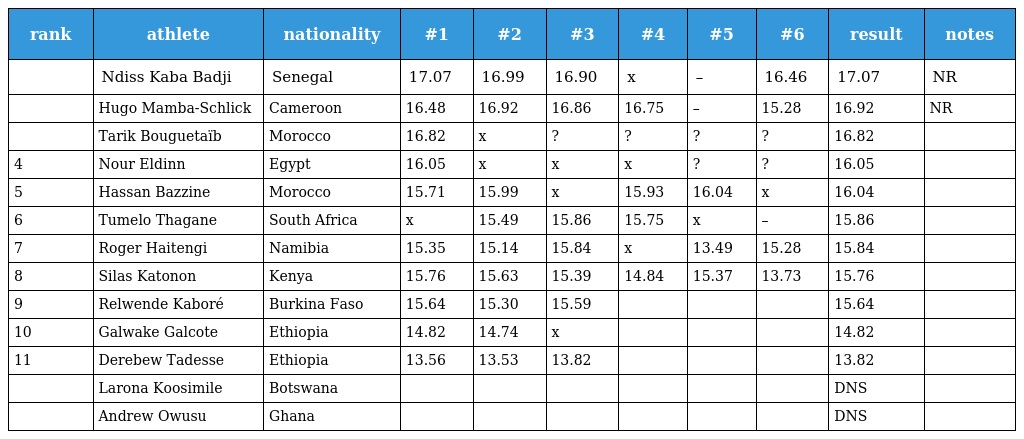
| rank | athlete | nationality | #1 | #2 | #3 | #4 | #5 | #6 | result | notes |
 | --- | --- | --- | --- | --- | --- | --- | --- | --- | --- | --- |
 |  | Ndiss Kaba Badji | Senegal | 17.07 | 16.99 | 16.90 | x | – | 16.46 | 17.07 | NR |
 |  | Hugo Mamba-Schlick | Cameroon | 16.48 | 16.92 | 16.86 | 16.75 | – | 15.28 | 16.92 | NR |
 |  | Tarik Bouguetaïb | Morocco | 16.82 | x | ? | ? | ? | ? | 16.82 |  |
 | 4 | Nour Eldinn | Egypt | 16.05 | x | x | x | ? | ? | 16.05 |  |
 | 5 | Hassan Bazzine | Morocco | 15.71 | 15.99 | x | 15.93 | 16.04 | x | 16.04 |  |
 | 6 | Tumelo Thagane | South Africa | x | 15.49 | 15.86 | 15.75 | x | – | 15.86 |  |
 | 7 | Roger Haitengi | Namibia | 15.35 | 15.14 | 15.84 | x | 13.49 | 15.28 | 15.84 |  |
 | 8 | Silas Katonon | Kenya | 15.76 | 15.63 | 15.39 | 14.84 | 15.37 | 13.73 | 15.76 |  |
 | 9 | Relwende Kaboré | Burkina Faso | 15.64 | 15.30 | 15.59 |  |  |  | 15.64 |  |
 | 10 | Galwake Galcote | Ethiopia | 14.82 | 14.74 | x |  |  |  | 14.82 |  |
 | 11 | Derebew Tadesse | Ethiopia | 13.56 | 13.53 | 13.82 |  |  |  | 13.82 |  |
 |  | Larona Koosimile | Botswana |  |  |  |  |  |  | DNS |  |
 |  | Andrew Owusu | Ghana |  |  |  |  |  |  | DNS |  |